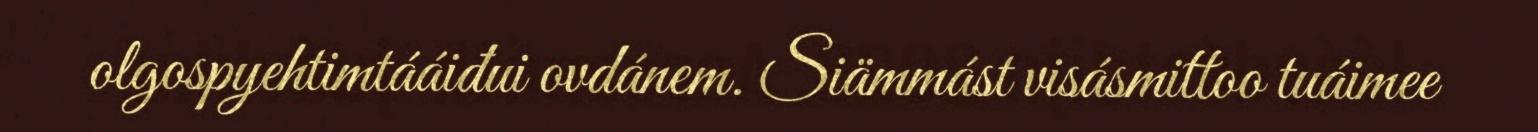
olgospyehtimtááiđui ovdánem. Siämmást visásmittoo tuáimee